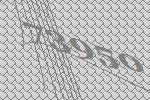
73950